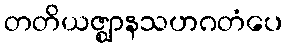
တတိယဇ္ဈာနသဟဂတံပေ